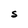
Character: S